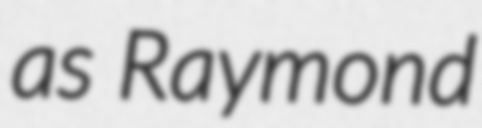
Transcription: as Raymond